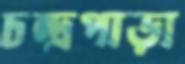
চন্দ্রপাড়া